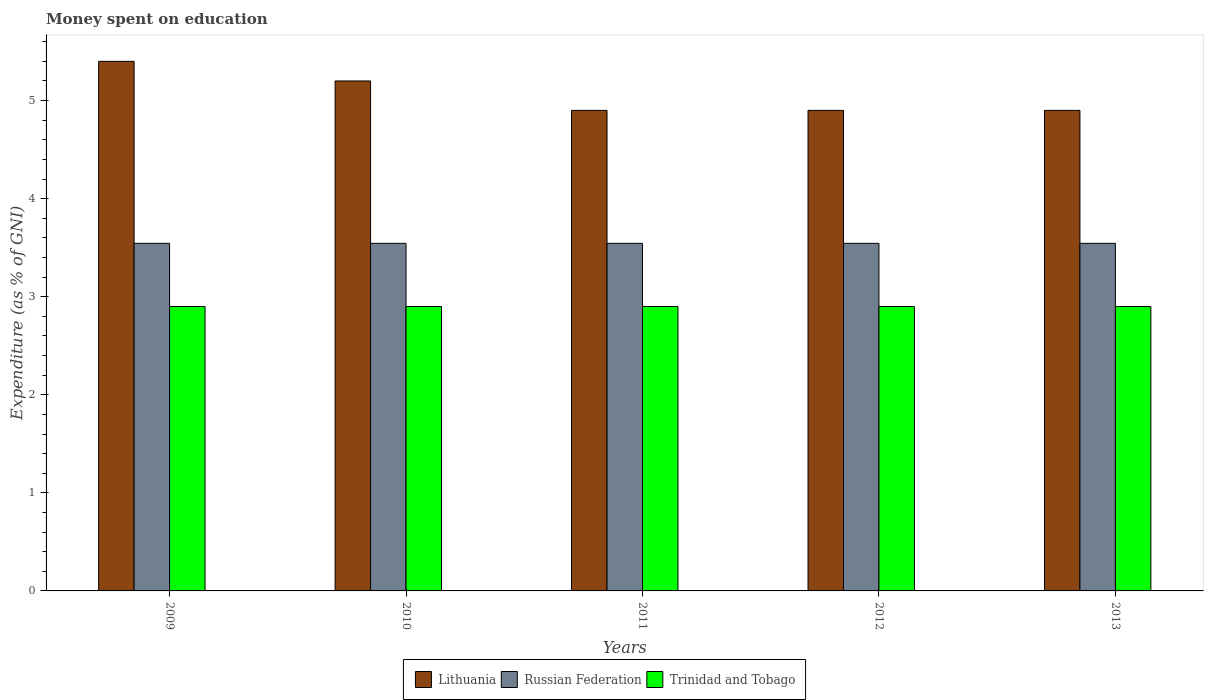
| Years | Lithuania | Russian Federation | Trinidad and Tobago |
 | --- | --- | --- | --- |
 | 2009 | 5.4 | 3.54 | 2.9 |
 | 2010 | 5.2 | 3.54 | 2.9 |
 | 2011 | 4.9 | 3.54 | 2.9 |
 | 2012 | 4.9 | 3.54 | 2.9 |
 | 2013 | 4.9 | 3.54 | 2.9 |